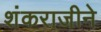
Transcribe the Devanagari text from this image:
शंकराजीने